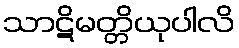
သာဋိမတ္တိယုပါလိ